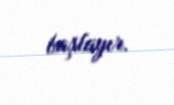
başlayır.